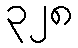
၃၂၈